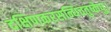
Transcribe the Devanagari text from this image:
दक्षिणकरसन्धिचतुष्केषु।